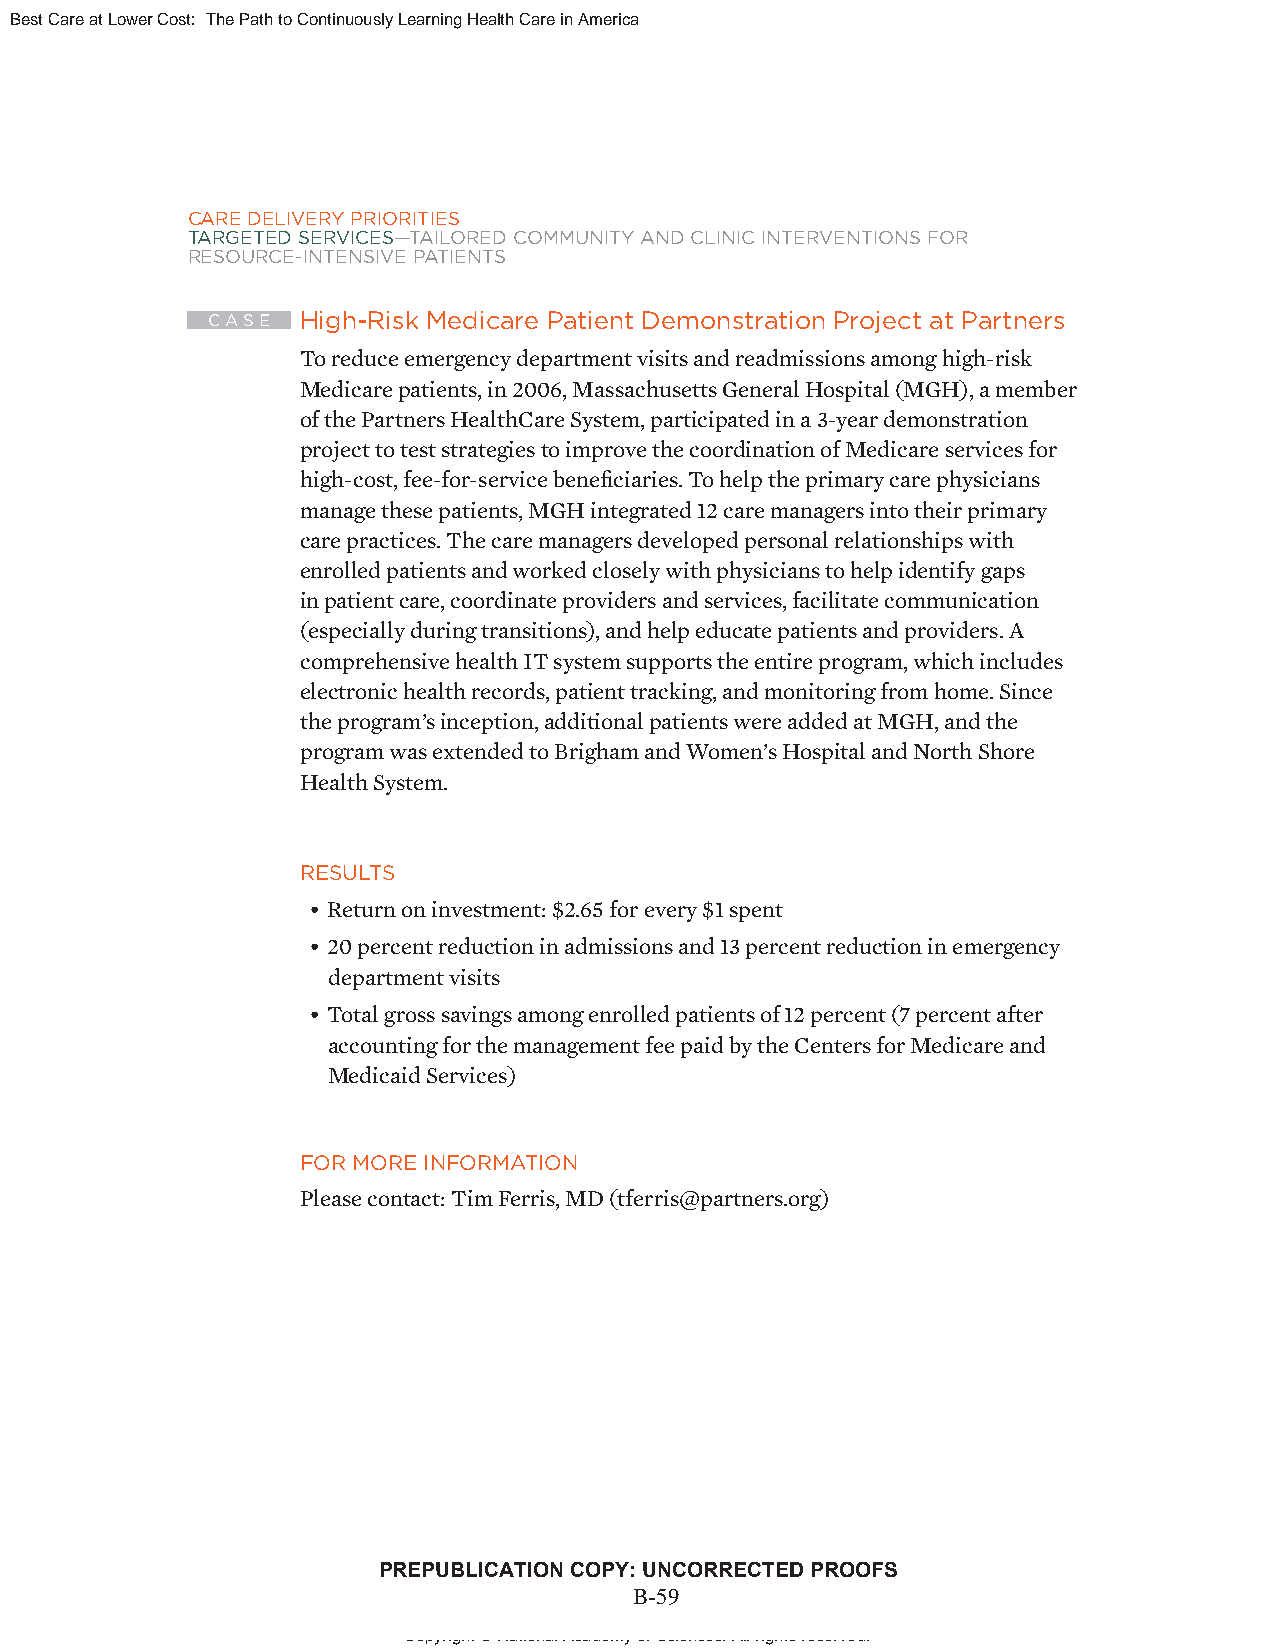
Best Care at Lower Cost: The Path to Continuously Learning Health Care in America
 CARE DELIVERY PRIORITIES
 TARGETED SERVICES—TAILORED COMMUNITY AND CLINIC INTERVENTIONS FOR
 RESOURCE-INTENSIVE PATIENTS
 C A S E High-Risk Medicare Patient Demonstration Project at Partners
 To reduce emergency department visits and readmissions among high-risk
 Medicare patients, in 2006, Massachusetts General Hospital (MGH), a member
 of the Partners HealthCare System, participated in a 3-year demonstration
 project to test strategies to improve the coordination of Medicare services for
 high-cost, fee-for-service benefi ciaries. To help the primary care physicians
 manage these patients, MGH integrated 12 care managers into their primary
 care practices. The care managers developed personal relationships with
 enrolled patients and worked closely with physicians to help identify gaps
 in patient care, coordinate providers and services, facilitate communication
 (especially during transitions), and help educate patients and providers. A
 comprehensive health IT system supports the entire program, which includes
 electronic health records, patient tracking, and monitoring from home. Since
 the program’s inception, additional patients were added at MGH, and the
 program was extended to Brigham and Women’s Hospital and North Shore
 Health System.
 RESULTS
 • Return on investment: $2.65 for every $1 spent
 • 20 percent reduction in admissions and 13 percent reduction in emergency
 department visits
 • Total gross savings among enrolled patients of 12 percent (7 percent after
 accounting for the management fee paid by the Centers for Medicare and
 Medicaid Services)
 FOR MORE INFORMATION
 Please contact: Tim Ferris, MD (tferris@partners.org)
 PREPUBLICATION COPY: UNCORRECTED PROOFS
 B-59
 xxvii
 Copyright © National Academy of Sciences. All rights reserved.